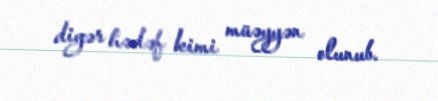
digər hədəf kimi müəyyən olunub.